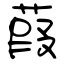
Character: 葭